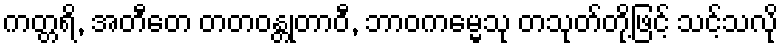
ကတ္တရိ, အတီတေ တတဝန္တုတာဝီ, ဘာဝကမ္မေသု တသုတ်တို့ဖြင့် သင့်သလို